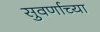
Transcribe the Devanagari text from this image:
सुवर्णाच्या